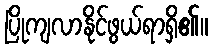
ပြိုကျလာနိုင်ဖွယ်ရာရှိ၏။